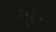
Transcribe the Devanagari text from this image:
मुहुर